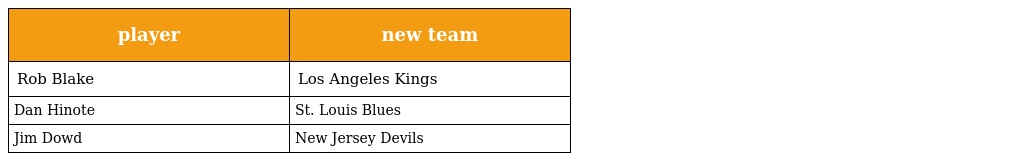
| player | new team |
 | --- | --- |
 | Rob Blake | Los Angeles Kings |
 | Dan Hinote | St. Louis Blues |
 | Jim Dowd | New Jersey Devils |